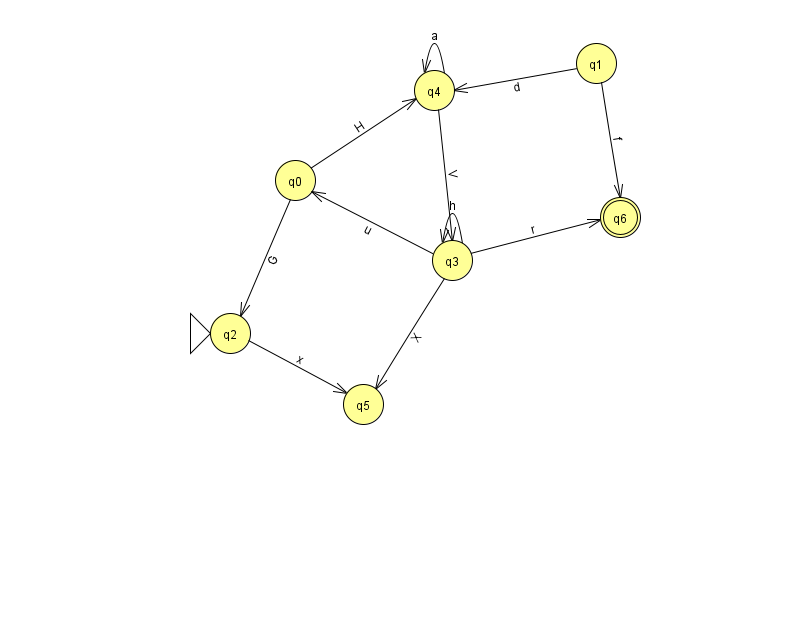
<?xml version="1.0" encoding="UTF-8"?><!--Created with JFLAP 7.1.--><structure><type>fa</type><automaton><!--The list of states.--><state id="0" name="q0"><x>295.0</x><y>167.0</y></state><state id="1" name="q1"><x>596.0</x><y>50.0</y></state><state id="2" name="q2"><x>230.0</x><y>320.0</y><initial/></state><state id="3" name="q3"><x>452.0</x><y>247.0</y></state><state id="4" name="q4"><x>434.0</x><y>77.0</y></state><state id="5" name="q5"><x>363.0</x><y>391.0</y></state><state id="6" name="q6"><x>620.0</x><y>204.0</y><final/></state><!--The list of transitions.--><transition><from>4</from><to>4</to><read>a</read></transition><transition><from>0</from><to>2</to><read>G</read></transition><transition><from>2</from><to>5</to><read>x</read></transition><transition><from>1</from><to>4</to><read>d</read></transition><transition><from>3</from><to>3</to><read>h</read></transition><transition><from>3</from><to>0</to><read>u</read></transition><transition><from>1</from><to>6</to><read>f</read></transition><transition><from>3</from><to>5</to><read>X</read></transition><transition><from>3</from><to>6</to><read>r</read></transition><transition><from>0</from><to>4</to><read>H</read></transition><transition><from>4</from><to>3</to><read>V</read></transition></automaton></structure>